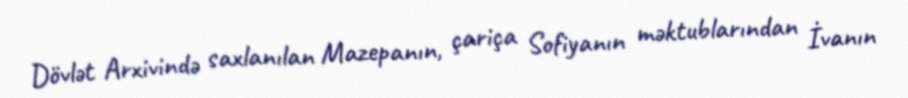
Dövlət Arxivində saxlanılan Mazepanın, çariça Sofiyanın məktublarından İvanın